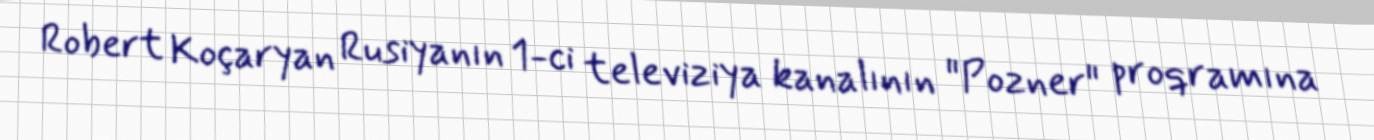
Robert Koçaryan Rusiyanın 1-ci televiziya kanalının "Pozner" proqramına